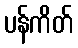
ပန်ကိတ်